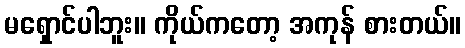
မရှောင်ပါဘူး။ ကိုယ်ကတော့ အကုန် စားတယ်။